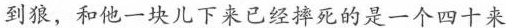
到狼，和他一块儿下来已经摔死的是一个四十来